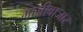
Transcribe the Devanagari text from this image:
भाजीबाजार